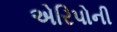
એરિપોની